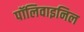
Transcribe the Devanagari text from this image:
पॉलिवाइनिल